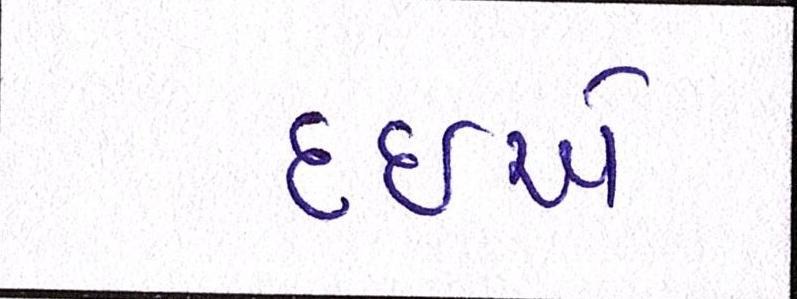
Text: દઇએ